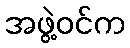
အဖွဲ့ဝင်က